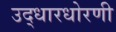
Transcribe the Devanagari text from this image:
उद्धारधोरणी